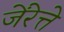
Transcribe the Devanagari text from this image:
जेंरेत्ते